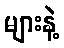
များနဲ့